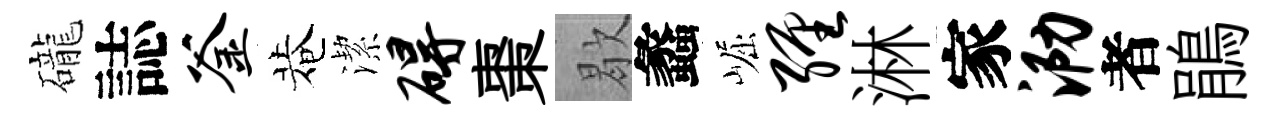
礲誌釜菴潔碍棗歇蠡崛缠淋家泐者鵑